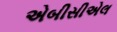
એબીસીએલ